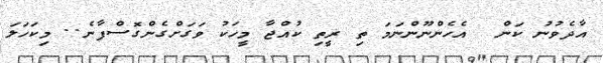
އާދެވުނު ކަން  އެހެންނޫންނަމަ ތި ރީތި ކުއްޖާ މީހަކު ވަގަށްގެންގޮސްފާނެ.. މިކަހަލަ